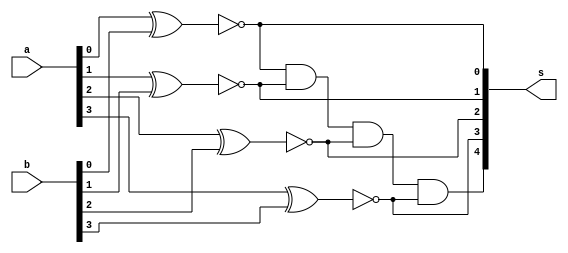
//----------------------
// Exemplo0023 - equality 
// Nome: Fernando Silva 
//-----------------------

//equality

module circuit_equality(output [4:0]s,input [3:0]a ,input [3:0]b);


xnor X1(s[0],a[0],b[0]);
xnor X2(s[1],a[1],b[1]);
xnor X3(s[2],a[2],b[2]);
xnor x4(s[3],a[3],b[3]);
and A1(s[4],s[0],s[1],s[2],s[3]);


endmodule // end circuit_equality
//------------------------------
//test circuit_equality
//------------------------------

module  test_circuit_equality;

reg [3:0]x;
reg [3:0]y;
wire [4:0]z;

 circuit_equality equality(z,x,y);
 
 initial begin:main
 
 $display("Exemplo0023 - Fernando Silva - 414506"); 
 $display("Test ALU's equality"); 
 $display("1= Equality");
 x = 4'b0101; y = 4'b1001;
 $monitor("%3b  %3b  %1b",x,y,z[4]);
  #1 x = 4'b1111; y = 4'b1111;
 #1 x = 4'b1010; y = 4'b1000;
 #1 x = 4'b0110; y = 4'b0110;
 
 
 end //endbegin

endmodule //end test_circuit_equality